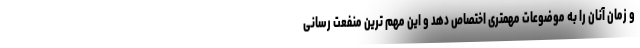
و زمان آنان را به موضوعات مهمتری اختصاص دهد و این مهم ترین منفعت رسانی